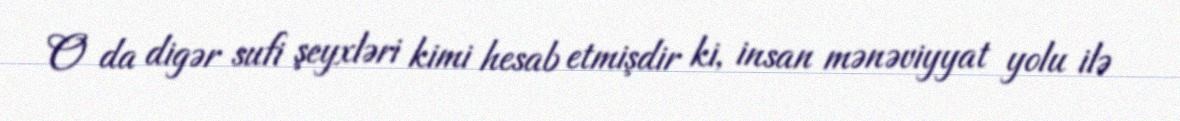
O da digər sufi şeyxləri kimi hesab etmişdir ki, insan mənəviyyat yolu ilə